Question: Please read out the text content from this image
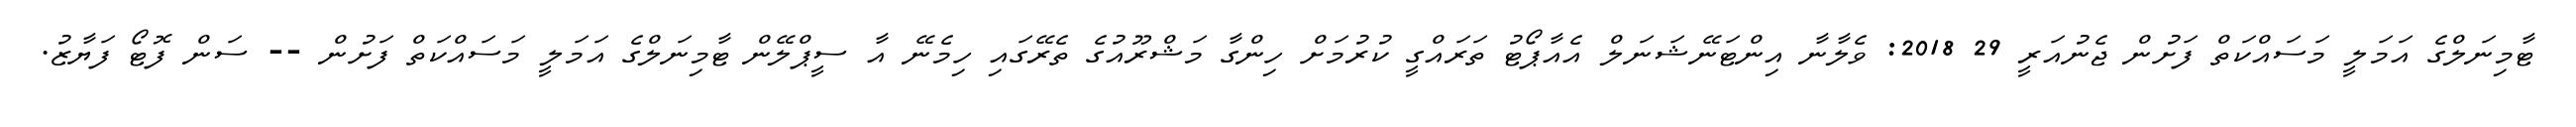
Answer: ޓާމިނަލްގެ އަމަލީ މަސައްކަތް ފަށުން ޖެނުއަރީ 29 2018: ވެލާނާ އިންޓަނޭޝަނަލް އެއާޕޯޓު ތަރައްގީ ކުރުމަށް ހިންގާ މަޝްރޫއުގެ ތެރޭގައި ހިމެނޭ އާ ސީޕްލޭން ޓާމިނަލްގެ އަމަލީ މަސައްކަތް ފަށުން -- ސަން ފޮޓޯ ފަޔާޒު.